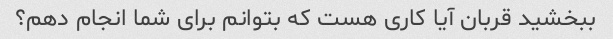
ببخشید قربان آیا کاری هست که بتوانم برای شما انجام دهم؟